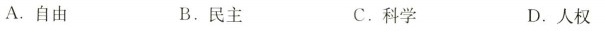
A.自由 B.民主 C.科学 D.人权